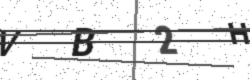
Text: VB2H